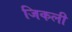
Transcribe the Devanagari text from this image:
जिकली